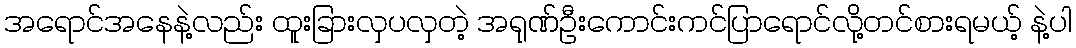
အရောင်အနေနဲ့လည်း ထူးခြားလှပလှတဲ့ အရုဏ်ဦးကောင်းကင်ပြာရောင်လို့တင်စားရမယ့် နဲ့ပါ